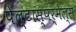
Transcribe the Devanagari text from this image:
पेल्टास्पर्मेल्स